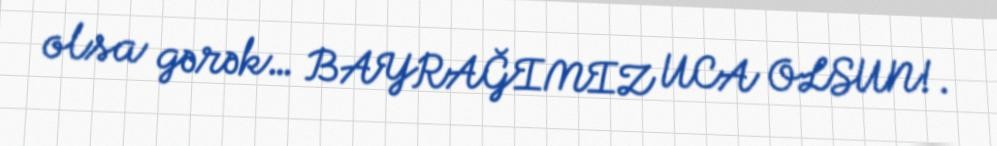
olsa gərək… BAYRAĞIMIZ UCA OLSUN!.